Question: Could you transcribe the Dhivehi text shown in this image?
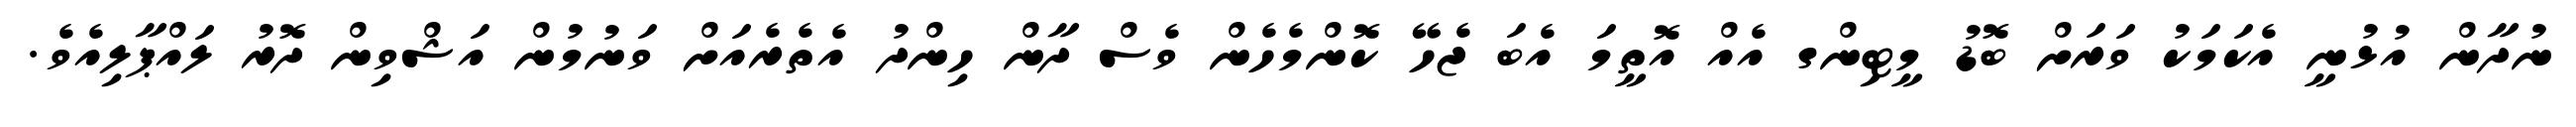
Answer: ނުދާން އުޅުނީ އެކަމަކު ވަރަށް ބޮޑު މީޓިންގ އެއް އޮތީމަ އެބަ ޖެހޭ ކޮންމެހެން ވެސް ދާން ހިންދު އެތެރެއަށް ވަނުމުން އަޝްވިން ދޮރު ލައްޕާލިއެވެ.